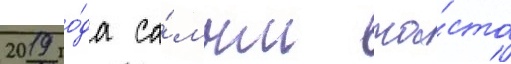
2019 го́да са́мым ча́сто